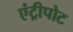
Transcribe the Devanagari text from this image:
एंट्रीपोट